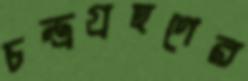
চন্দ্রগ্রহণের